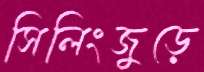
সিলিংজুড়ে